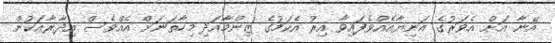
އޭނާ އަށް އެވަރުގެ އަނިޔާއެއްވެފައިވާ އިރު އެކަމުގެ ޒިންމާއަދި މިހާތަނަށް އެއްވެސް އިދާރާއަކުން